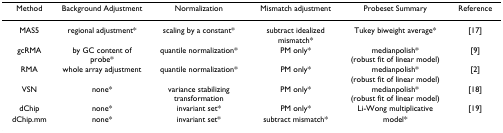
| Method | Background Adjustment | Normalization | Mismatch adjustment | Probeset Summary | Reference |
 | --- | --- | --- | --- | --- | --- |
 | MAS5 | regional adjustment* | scaling by a constant* | subtract idealized mismatch* | Tukey biweight average* | [17] |
 | gcRMA | by GC content of probe* | quantile normalization* | PM only* | medianpolish* (robust fit of linear model) | [9] |
 | RMA | whole array adjustment | quantile normalization* | PM only* | medianpolish* (robust fit of linear model) | [2] |
 | VSN | none* | variance stabilizing transformation | PM only* | medianpolish* (robust fit of linear model) | [18] |
 | dChip | none* | invariant set* | PM only* | Li-Wong multiplicative | [19] |
 | dChip.mm | none* | invariant set* | subtract mismatch* | model* |  |